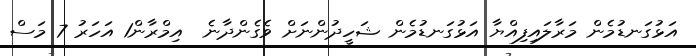
އަޅުގަނޑުމެން މަރާލައިފިއްޔާ އަޅުގަނޑުމެން ޝަހީދުންނަށް ވެގެންދާނެ  އިމްރާން1 އަހަރު 7 މަސް